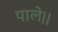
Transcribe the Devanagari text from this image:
पाले।।